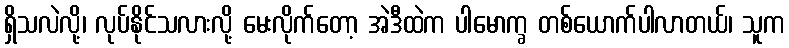
ရှိသလဲလို့၊ လုပ်နိုင်သလားလို့ မေးလိုက်တော့ အဲဒီထဲက ပါမောက္ခ တစ်ယောက်ပါလာတယ်၊ သူက